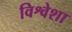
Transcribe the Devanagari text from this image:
विश्वेशा